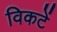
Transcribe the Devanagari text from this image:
विकटें